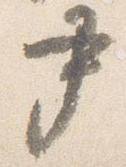
尹